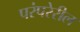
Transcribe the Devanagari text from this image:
परंपरेरील